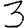
Digit: 3